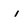
Character: i